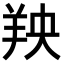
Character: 𫅐